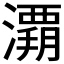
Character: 𰝚